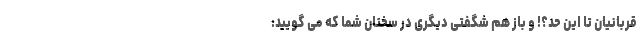
قربانیان تا این حد؟! و باز هم شگفتی دیگری در سخنان شما که می گویید: